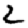
Digit: 2